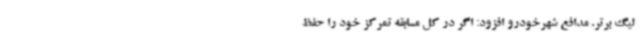
لیگ برتر. مدافع شهرخودرو افزود: اگر در کل مسابقه تمرکز خود را حفظ